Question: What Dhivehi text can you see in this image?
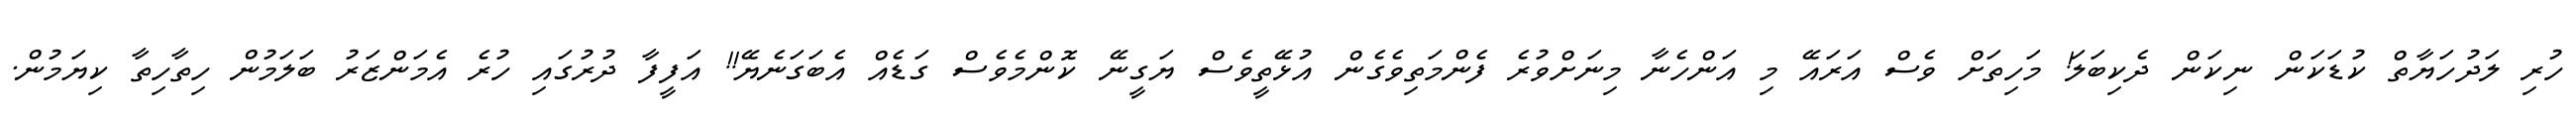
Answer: ހުރި ލަދުހަޔާތް ކުޑަކަން ނިކަން ދެކިބަލަ! މަހިތަށް ވެސް އަރައޭ މި އަންހެނާ މިނަށްވުރެ ފެންމަތިވެގެން އުޅޭތީވެސް ޔަގީނޭ ކޮންމެވެސް ގަޑެއް އެބަގަނެޔޭ!! އަފީފާ ދުރުގައި ހުރެ އެމަންޒަރު ބަލަމުން ހިތާހިތާ ކިޔަމުން.